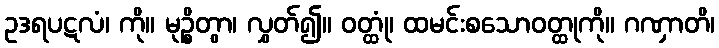
ဥဒရပဋလံ၊ ကို။ မုဉ္စိတွာ၊ လွှတ်၍။ ဝတ္ထုံ၊ ထမင်းစသောဝတ္ထုကို။ ဂဏှာတိ၊